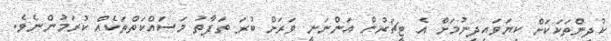
ކުދިންތަކަކަށް ކިޔަވައިދިނުމަށް އެ ޓީޗަރުން އަންނަނީ ވަރަށް ބުރަ ތަފާތު މަސައްކަތްތަކެއް ކުރަމުންނެވެ.